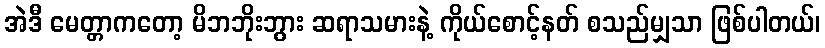
အဲဒီ မေတ္တာကတော့ မိဘဘိုးဘွား ဆရာသမားနဲ့ ကိုယ်စောင့်နတ် စသည်မျှသာ ဖြစ်ပါတယ်၊